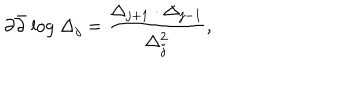
\partial \bar { \partial } \mathrm { ~ l o g ~ } \Delta _ { j } = \frac { \Delta _ { j + 1 } \cdot \Delta _ { j - 1 } } { \Delta _ { j } ^ { 2 } } ,